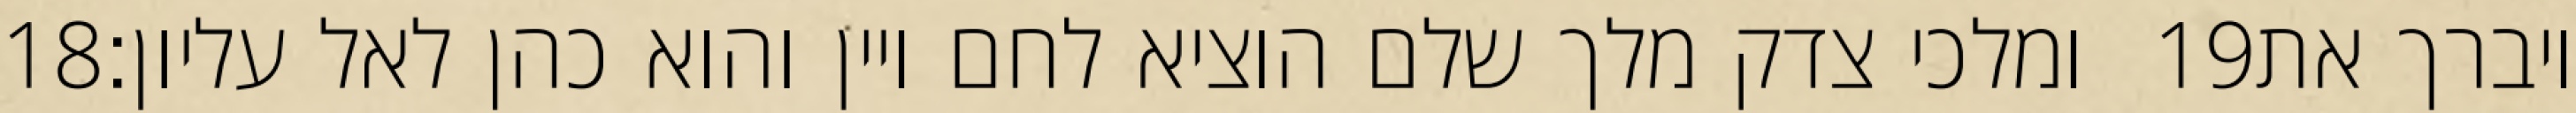
‎18‏ ומלכי צדק מלך שלם הוציא לחם ויין והוא כהן לאל עליון׃ ‎19‏ ויברך את